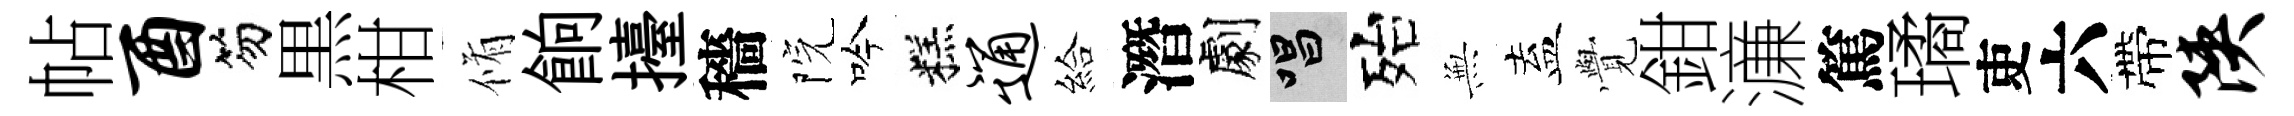
帖酉笏黒柑脩餉擡穡院吟糕通給潛劇唱殆𭴾盍𮗜鉗濓篤璚吏六帶陕